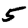
Digit: 5